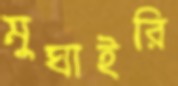
মুঘাইরি